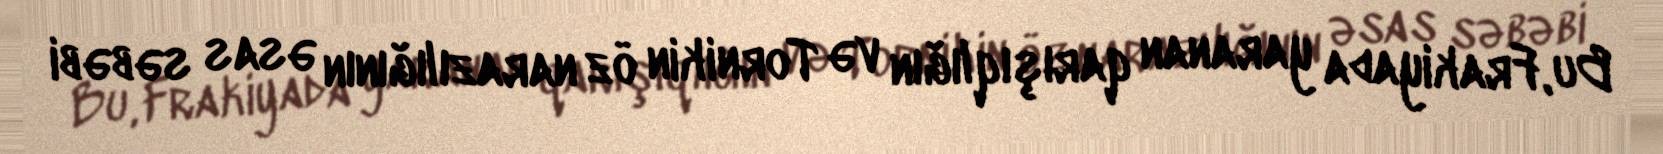
Bu, Frakiyada yaranan qarışıqlığın və Tornikin öz narazılığının əsas səbəbi